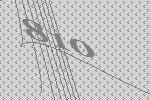
810